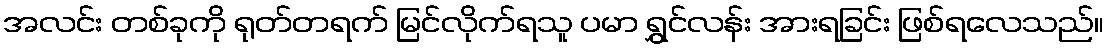
အလင်း တစ်ခုကို ရုတ်တရက် မြင်လိုက်ရသူ ပမာ ရွှင်လန်း အားရခြင်း ဖြစ်ရလေသည်။